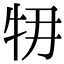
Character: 𤘞